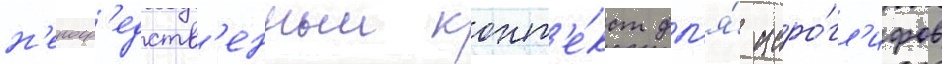
н'епоср'едств'енныи конт'е́кст дл'я́ иеро́гл'ифов